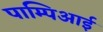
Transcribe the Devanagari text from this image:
पाम्पिआई